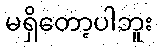
မရှိတော့ပါဘူး